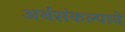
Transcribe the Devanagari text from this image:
अर्थसंकल्पाने